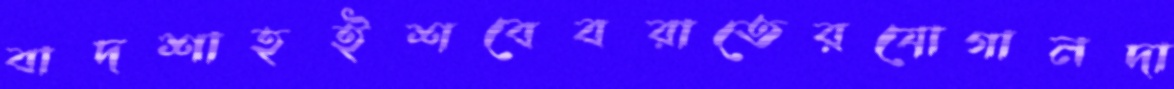
বাদশাহইশবেবরাতেরযোগানদা